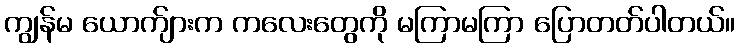
ကျွန်မ ယောက်ျားက ကလေးတွေကို မကြာမကြာ ပြောတတ်ပါတယ်။